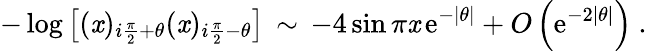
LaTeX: -\log\left[(\mathit{x})_{i\frac{{\pi}}{{2}}+\theta}(\mathit{x})_{i\frac{{\pi}}{{2}}-\theta}\right]\, \sim\, -4\sin\pi\mathit{x}\, \mathrm{{e}}^{-\left|\theta\right|}+O\left(\mathrm{{e}}^{-2\left|\theta\right|}\right)\ .